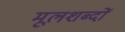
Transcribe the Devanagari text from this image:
मूलशब्दों